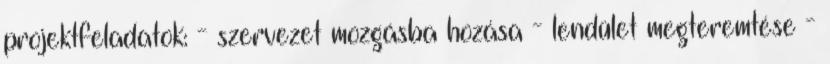
projektfeladatok: - szervezet mozgásba hozása - lendület megteremtése -